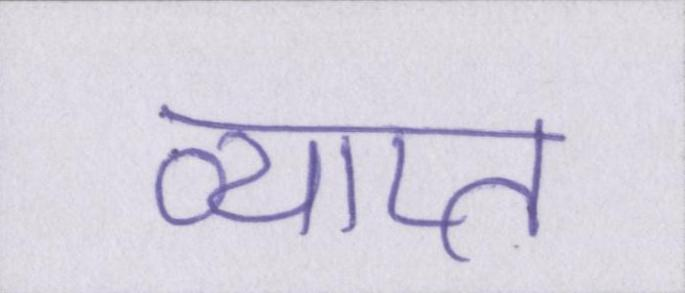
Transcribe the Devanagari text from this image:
व्याप्त